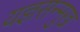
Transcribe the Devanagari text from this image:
यज्ञसन्मुख